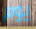
يوم